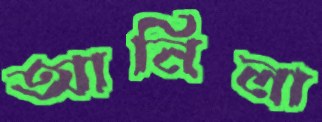
আনিলা